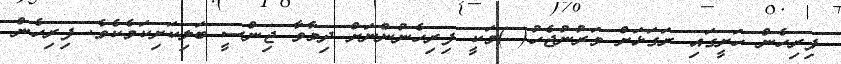
ފިރިހެން ހަށީގައި ރަގަޅަށް ވަރުނުޖެހު( )މަކީ ފިރިހެނުންނަށް ދިމާވާ ޖިންސީ ބަލިކަށިކަމެކެވެ. ފިރިހެން